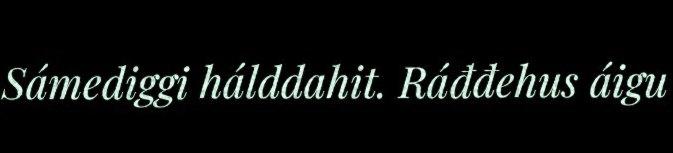
Sámediggi hálddahit. Ráđđehus áigu